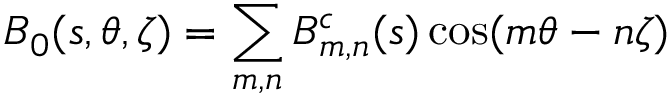
B _ { 0 } ( s , \theta , \zeta ) = \sum _ { m , n } B _ { m , n } ^ { c } ( s ) \cos ( m \theta - n \zeta )